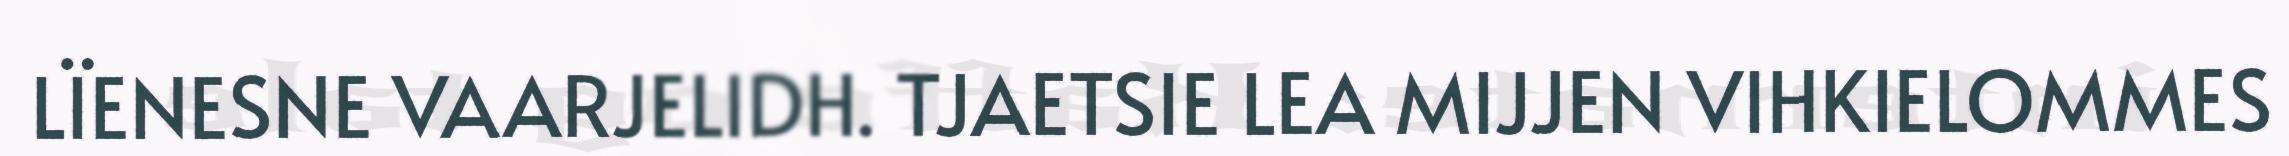
LÏENESNE VAARJELIDH. TJAETSIE LEA MIJJEN VIHKIELOMMES